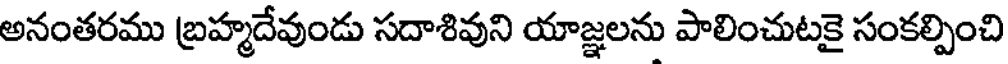
అనంతరము బ్రహ్మదేవుండు సదాశివుని యాజ్ఞలను పాలించుటకై సంకల్పించి